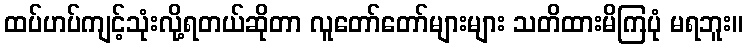
ထပ်ဟပ်ကျင့်သုံးလို့ရတယ်ဆိုတာ လူတော်တော်များများ သတိထားမိကြပုံ မရဘူး။